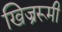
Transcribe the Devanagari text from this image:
खिज्ररूमी